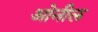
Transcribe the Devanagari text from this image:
ओनील